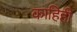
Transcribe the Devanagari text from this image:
काहिही